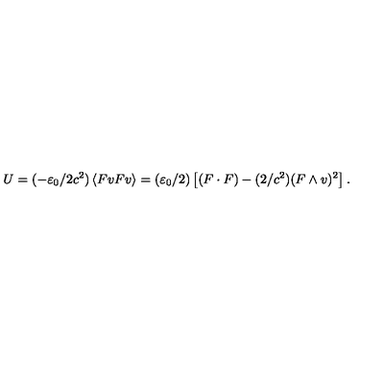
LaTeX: U = ( - \varepsilon _ { 0 } / 2 c ^ { 2 } ) \left\langle F v F v \right\rangle = ( \varepsilon _ { 0 } / 2 ) \left[ ( F \cdot F ) - ( 2 / c ^ { 2 } ) ( F \wedge v ) ^ { 2 } \right] .